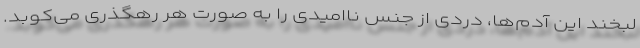
لبخند این آدم‌ها، دردی از جنس ناامیدی را به صورت هر رهگذری می‌کوبد.